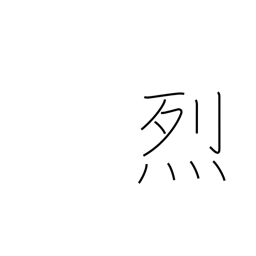
Meaning: violent